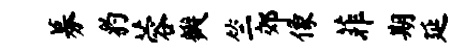
募豹蓉瓣竺郊像菲期延